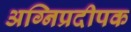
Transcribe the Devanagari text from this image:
अग्निप्रदीपक